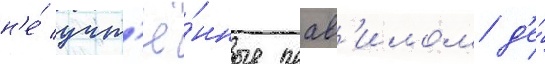
н'е́ учт'ё́нные прав'илом д'е́